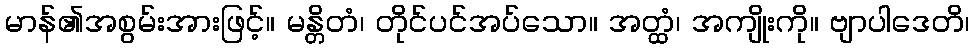
မာန်၏အစွမ်းအားဖြင့်။ မန္တိတံ၊ တိုင်ပင်အပ်သော။ အတ္ထံ၊ အကျိုးကို။ ဗျာပါဒေတိ၊